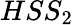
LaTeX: HSS_{2}